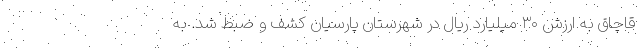
قاچاق به ارزش ۳۰ میلیارد ریال در شهرستان پارسیان کشف و ضبط شد. به